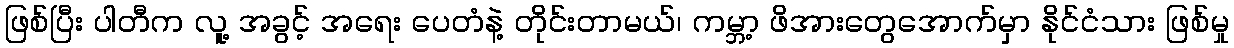
ဖြစ်ပြီး ပါတီက လူ့ အခွင့် အရေး ပေတံနဲ့ တိုင်းတာမယ်၊ ကမ္ဘာ့ ဖိအားတွေအောက်မှာ နိုင်ငံသား ဖြစ်မှု